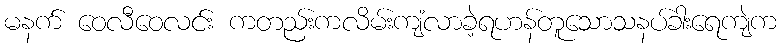
မနက် ဝေလီဝေလင်း ကတည်းကလိမ်းကျံလာခဲ့ရဟန်တူသောသနပ်ခါးရေကျဲက